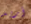
أريد